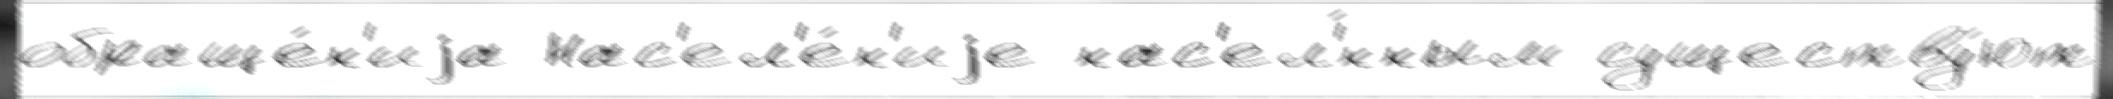
обраще́н'иjа Нас'ел'е́н'иjе нас'ел'́нным существу́ют